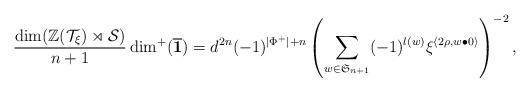
LaTeX: \begin{align*} \frac{\dim(\mathbb{Z}(\mathcal{T}_\xi)\rtimes\mathcal{S})}{n+1}\dim^{+}(\overline{\mathbf{1}}) = d^{2n}(-1)^{\lvert\Phi^+\rvert+n} \left(\sum_{w\in\mathfrak{S}_{n+1}}(-1)^{l(w)}\xi^{\langle 2\rho,w\bullet 0\rangle}\right)^{-2},\end{align*}